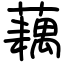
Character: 藕